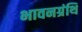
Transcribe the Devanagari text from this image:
भावनग्रंथि